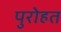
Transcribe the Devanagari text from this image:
पुरोहत